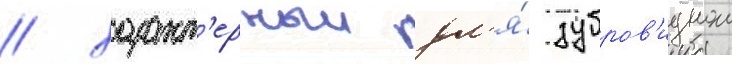
/ характ'ерныи дл'я́ зубров'иднои